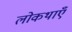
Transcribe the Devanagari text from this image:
लोकथाएँ